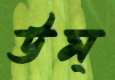
উম্